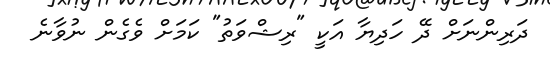
ދަރިންނަށް ދޭ ހަދިޔާ އަކީ "ރިޝްވަތު" ކަމަށް ވެގެން ނުވާނެ